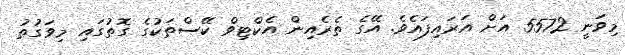
މިވަނީ 5572 އަށް އަރައިފައެވެ. އޭގެ ތެރެއިން އެކްޓިވް ކޭސްތަކުގެ ގޮތުގައި މިވަގުތު